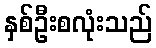
နှစ်ဦးစလုံးသည်